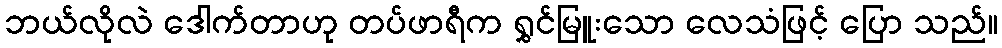
ဘယ်လိုလဲ ဒေါက်တာဟု တပ်ဖာရီက ရွှင်မြူးသော လေသံဖြင့် ပြော သည်။